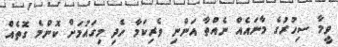
ވީމާ ސިހުރުގެ މާނައެއް ނެއްތާ އަންނި ވެރިކަމާ ހެދި މިގައުމަށް ކޮންމެ ގޮތެއް